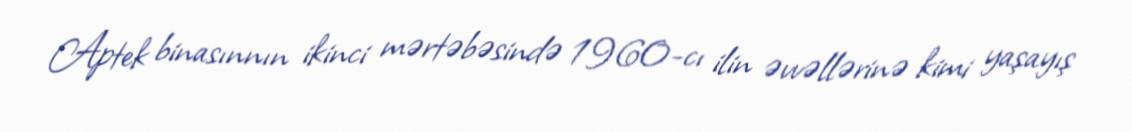
Aptek binasınnın ikinci mərtəbəsində 1960-cı ilin əvvəllərinə kimi yaşayış